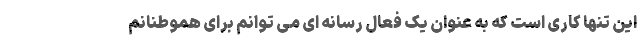
این تنها کاری است که به عنوان یک فعال رسانه ای می توانم برای هموطنانم